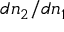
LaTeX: d n _ { 2 } / d n _ { 1 }